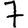
Digit: 7